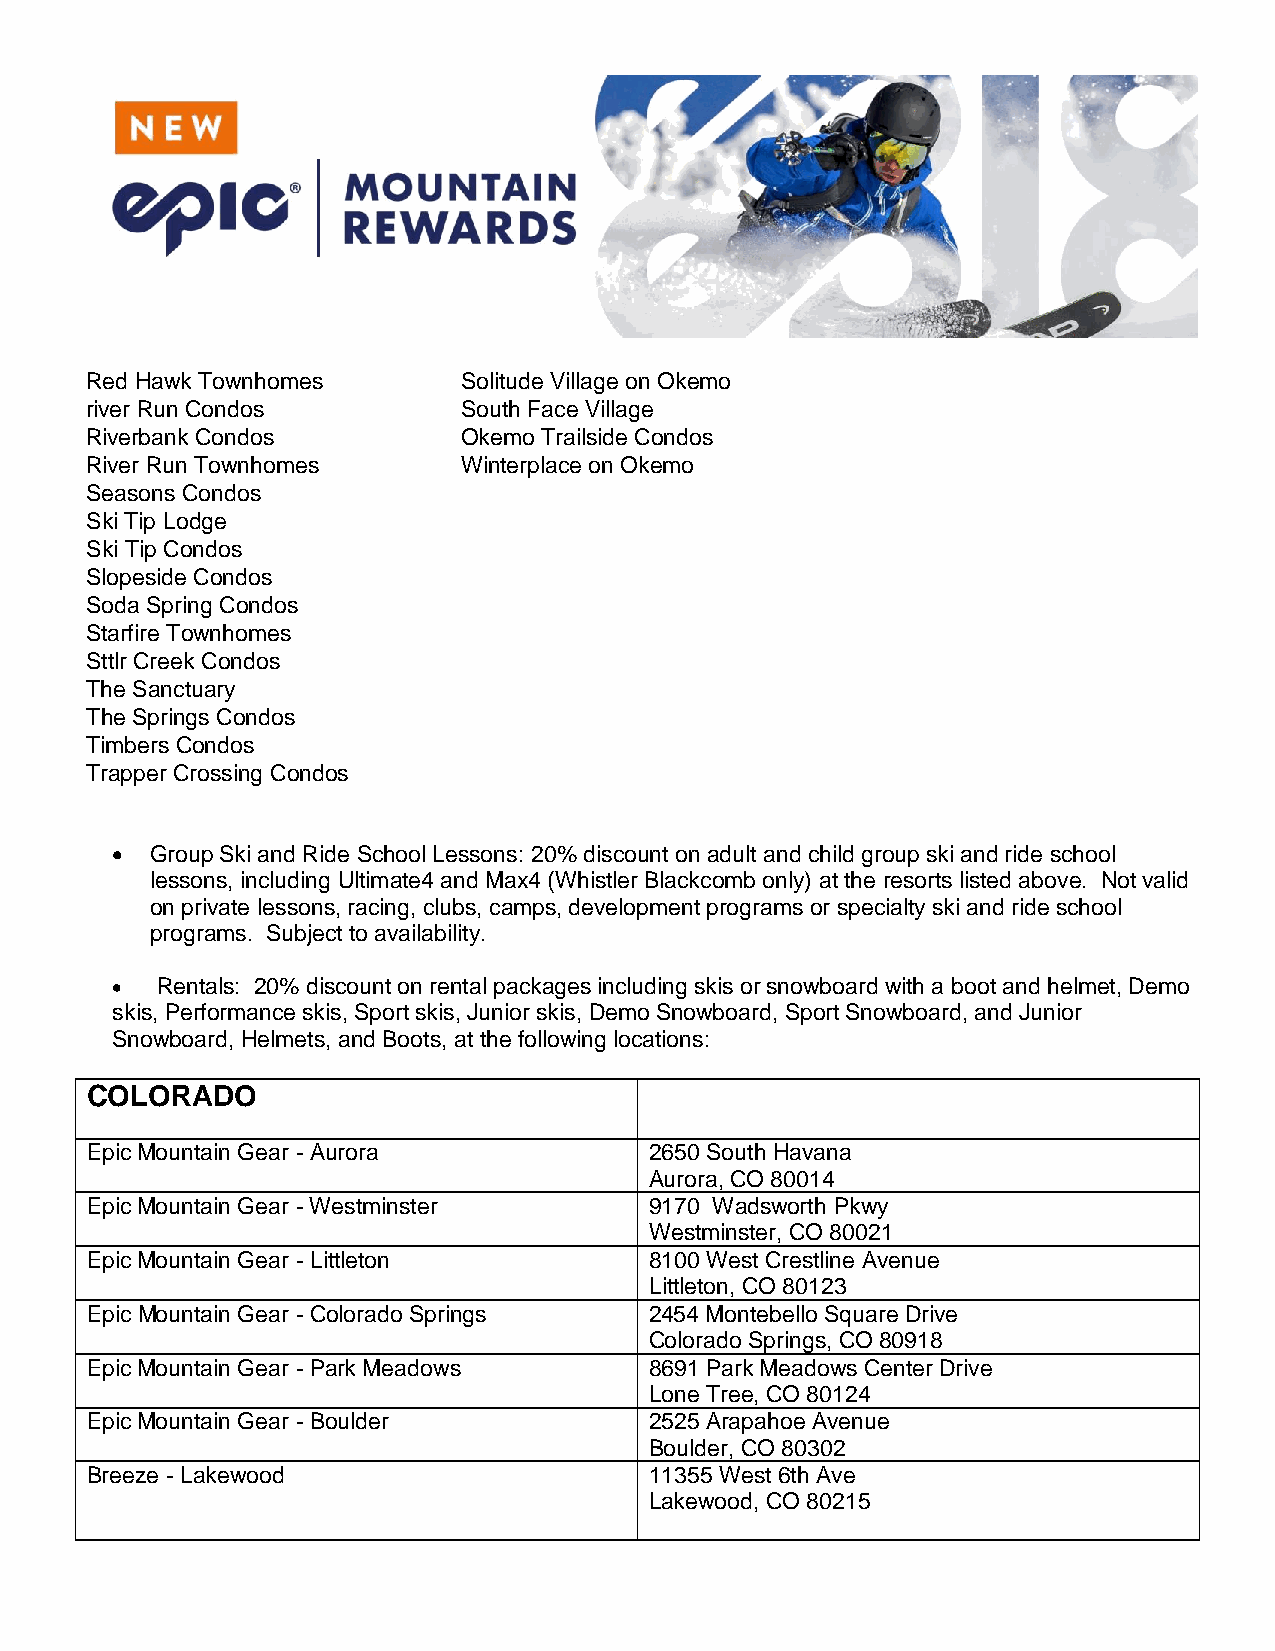
Red Hawk Townhomes       Solitude Village on Okemo
 river Run Condos         South Face Village
 Riverbank Condos         Okemo Trailside Condos
 River Run Townhomes      Winterplace on Okemo
 Seasons Condos
 Ski Tip Lodge
 Ski Tip Condos
 Slopeside Condos
 Soda Spring Condos
 Starfire Townhomes
 Sttlr Creek Condos
 The Sanctuary
 The Springs Condos
 Timbers Condos
 Trapper Crossing Condos
   Group Ski and Ride School Lessons: 20% discount on adult and child group ski and ride school
 lessons, including Ultimate4 and Max4 (Whistler Blackcomb only) at the resorts listed above. Not valid
 on private lessons, racing, clubs, camps, development programs or specialty ski and ride school
 programs. Subject to availability.
   Rentals: 20% discount on rental packages including skis or snowboard with a boot and helmet, Demo
 skis, Performance skis, Sport skis, Junior skis, Demo Snowboard, Sport Snowboard, and Junior
 Snowboard, Helmets, and Boots, at the following locations:
 COLORADO
 Epic Mountain Gear - Aurora          2650 South Havana
 Aurora, CO 80014
 Epic Mountain Gear - Westminster     9170 Wadsworth Pkwy
 Westminster, CO 80021
 Epic Mountain Gear - Littleton       8100 West Crestline Avenue
 Littleton, CO 80123
 Epic Mountain Gear - Colorado Springs 2454 Montebello Square Drive
 Colorado Springs, CO 80918
 Epic Mountain Gear - Park Meadows    8691 Park Meadows Center Drive
 Lone Tree, CO 80124
 Epic Mountain Gear - Boulder         2525 Arapahoe Avenue
 Boulder, CO 80302
 Breeze - Lakewood                    11355 West 6th Ave
 Lakewood, CO 80215